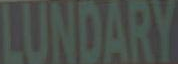
LUNDARY